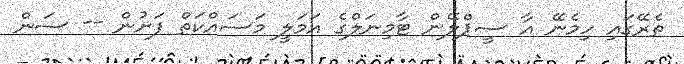
ތެރޭގައި ހިމެނޭ އާ ސީޕްލޭން ޓާމިނަލްގެ އަމަލީ މަސައްކަތް ފަށުން -- ސަން